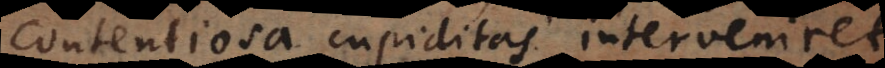
contentiosa cupiditas interveniret,